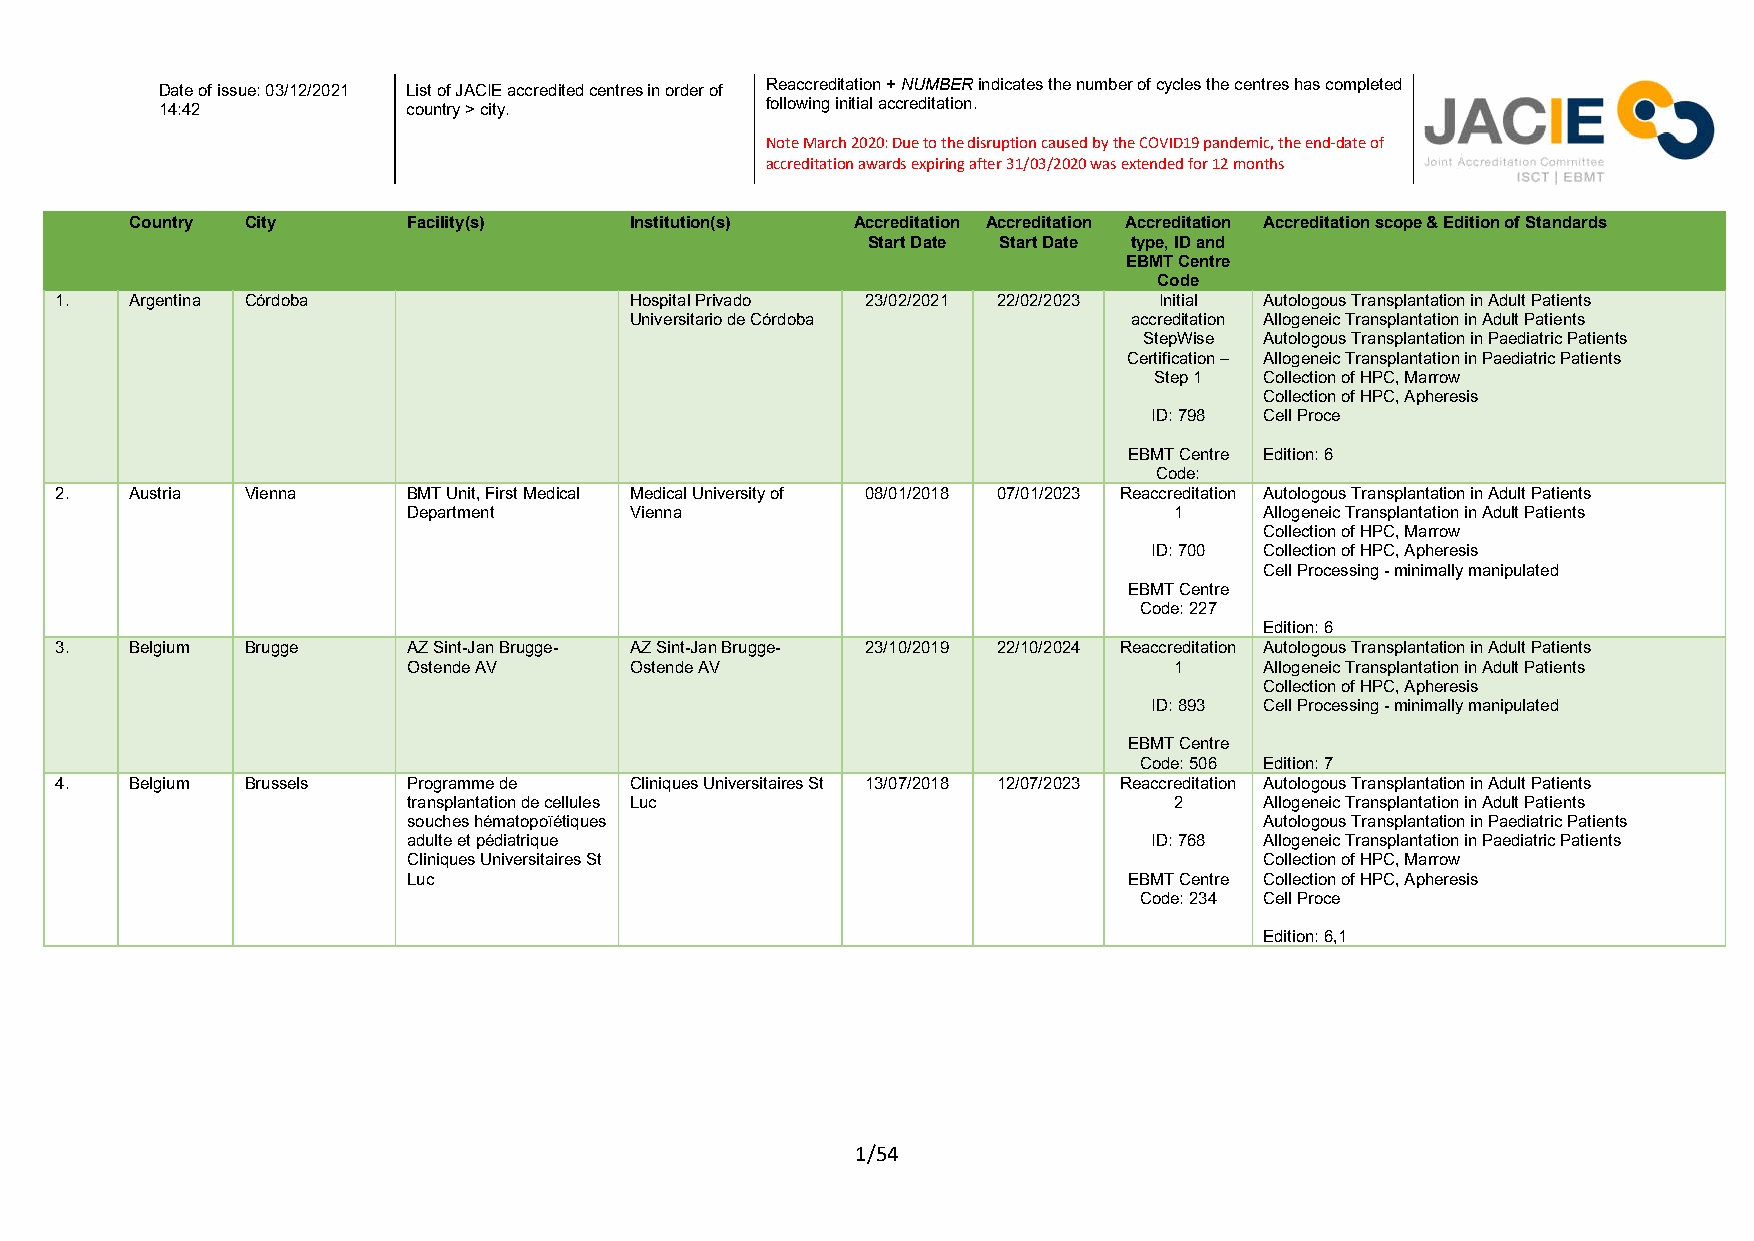
Reaccreditation + NUMBER indicates the number of cycles the centres has completed
 Date of issue: 03/12/2021 List of JACIE accredited centres in order of
 following initial accreditation.
 14:42           country > city.
 Note March 2020: Due to the disruption caused by the COVID19 pandemic, the end-date of
 accreditation awards expiring after 31/03/2020 was extended for 12 months
 Country City      Facility(s)    Institution(s) Accreditation Accreditation Accreditation Accreditation scope & Edition of Standards
 Start Date Start Date type, ID and
 EBMT Centre
 Code
 1.   Argentina Córdoba                Hospital Privado 23/02/2021 22/02/2023 Initial Autologous Transplantation in Adult Patients
 Universitario de Córdoba         accreditation Allogeneic Transplantation in Adult Patients
 StepWise Autologous Transplantation in Paediatric Patients
 Certification – Allogeneic Transplantation in Paediatric Patients
 Step 1  Collection of HPC, Marrow
 Collection of HPC, Apheresis
 ID: 798 Cell Proce
 EBMT Centre Edition: 6
 Code:
 2.   Austria Vienna    BMT Unit, First Medical Medical University of 08/01/2018 07/01/2023 Reaccreditation Autologous Transplantation in Adult Patients
 Department     Vienna                              1     Allogeneic Transplantation in Adult Patients
 Collection of HPC, Marrow
 ID: 700 Collection of HPC, Apheresis
 Cell Processing - minimally manipulated
 EBMT Centre
 Code: 227
 Edition: 6
 3.   Belgium Brugge    AZ Sint-Jan Brugge- AZ Sint-Jan Brugge- 23/10/2019 22/10/2024 Reaccreditation Autologous Transplantation in Adult Patients
 Ostende AV     Ostende AV                          1     Allogeneic Transplantation in Adult Patients
 Collection of HPC, Apheresis
 ID: 893 Cell Processing - minimally manipulated
 EBMT Centre
 Code: 506 Edition: 7
 4.   Belgium Brussels  Programme de   Cliniques Universitaires St 13/07/2018 12/07/2023 Reaccreditation Autologous Transplantation in Adult Patients
 transplantation de cellules Luc                    2     Allogeneic Transplantation in Adult Patients
 souches hématopoïétiques                                 Autologous Transplantation in Paediatric Patients
 adulte et pédiatrique                            ID: 768 Allogeneic Transplantation in Paediatric Patients
 Cliniques Universitaires St                              Collection of HPC, Marrow
 Luc                                             EBMT Centre Collection of HPC, Apheresis
 Code: 234 Cell Proce
 Edition: 6,1
 1/54